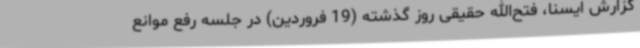
گزارش ایسنا، فتح‌الله حقیقی روز گذشته (19 فروردین) در جلسه رفع موانع